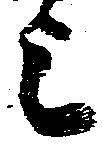
上